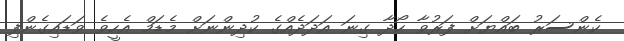
ކެންސަރު ބައްޔަށް ފަރުވާ ހޯދާ ގިނަ އަދަދެއްގެ ކުދިންނަށް މެޑަމް އެހީވެ ވަޑައިގެންފި